Annual statistical returns and brief notes on vaccination in Bengal - 1909-1929
Year: 1909
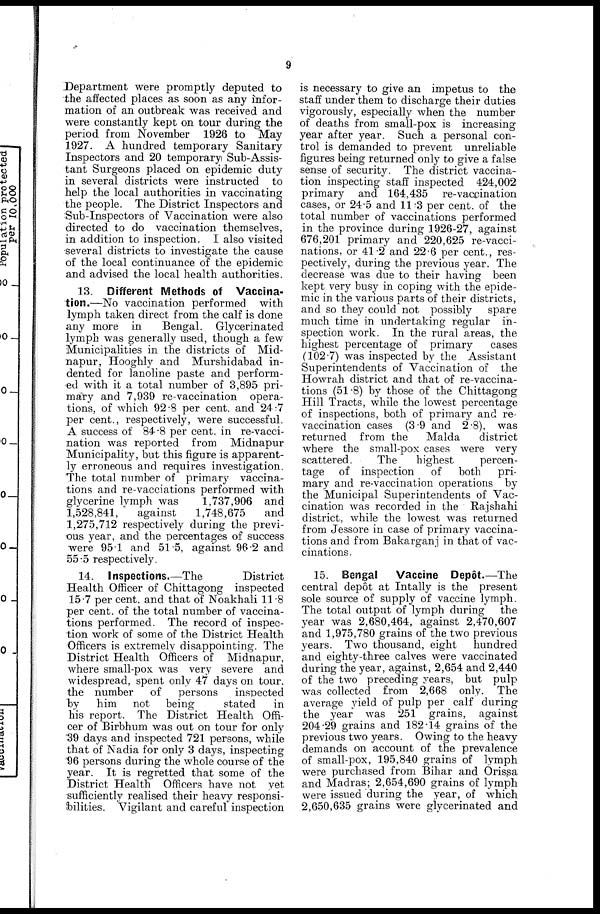
9
Department were promptly deputed to
the affected places as soon as any infor-
mation of an outbreak was received and
were constantly kept on tour during the
period from November 1926 to May
1927. A hundred temporary Sanitary
Inspectors and 20 temporary Sub-Assis-
tant Surgeons placed on epidemic duty
in several districts were instructed to
help the local authorities in vaccinating
the people. The District Inspectors and
Sub-Inspectors of Vaccination were also
directed to do vaccination themselves,
in addition to inspection. I also visited
several districts to investigate the cause
of the local continuance of the epidemic
and advised the local health authorities.
13. Different Methods of Vaccina-
tion.—No vaccination performed with
lymph taken direct from the calf is done
any more in
Bengal. Glycerinated
lymph was generally used, though a few
Municipalities in the districts of Mid-
napur, Hooghly and Murshidabad in-
dented for lanoline paste and perform-
ed with it a total number of 3,895 pri-
mary and 7,939 re-vaccination opera-
tions, of which 92.8 per cent. and 24.7
per cent., respectively, were successful.
A success of 84.8 per cent. in re-vacci-
nation was reported from Midnapur
Municipality, but this figure is apparent-
ly erroneous and requires investigation.
The total number of primary vaccina-
tions and re-vacciations performed with
glycerine lymph was
1,737,906 and
1,528,841,
against
1,748,675
and
1,275,712 respectively during the previ-
ous year, and the percentages of success
were 951 and 51.5, against 96.2 and
55.5 respectively.
14. Inspections.—The
District
Health Officer of Chittagong inspected
15.7 per cent. and that of Noakhali 11 .8
per cent. of the total number of vaccina-
tions performed. The record of inspec-
tion work of some of the District Health
Officers is extremely disappointing. The
District Health Officers of Midnapur,
where small-pox was very severe and
widespread, spent only 47 days on tour,
the number
of
persons
inspected
by
him not being
stated
in
his report. The District Health Offi-
cer of Birbhum was out on tour for only
.39 days and inspected 721 persons, while
that of Nadia for only 3 days, inspecting
96 persons during the whole course of the
year. It is regretted that some of the
District Health Officers have not yet
sufficiently realised their heavy responsi-
bilities. Vigilant and careful inspection
is necessary to give an impetus to the
staff under them to discharge their duties
vigorously, especially when the number
of deaths from small-pox is increasing
year after year. Such a personal con-
trol is demanded to prevent unreliable
figures being returned only to give a false
sense of security. The district vaccina-
tion inspecting staff inspected 424,002
primary and 164,435 re-vaccination
cases, or 24.5 and 11.3 per cent. of the
total number of vaccinations performed
in the province during 1926-27, against
676,201 primary and 220,625 re-vacci-
nations, or 41.2 and 22.6 per cent., res-
pectively, during the previous year. The
decrease was due to their having been
kept very busy in coping with the epide-
mic in the various parts of their districts,
and so they could not possibly
spare
much time in undertaking regular in-
spection work. In the rural areas, the
highest percentage of primary
cases
(102.7) was inspected by the Assistant
Superintendents of Vaccination of the
Howrah district and that of re-vaccina-
tions (51.8) by those of the Chittagong
Hill Tracts, while the lowest percentage
of inspections, both of primary and re-
vaccination cases (3.9 and 2.8), was
returned from the
Malda
district
where the small-pox cases were very
scattered.
The
highest
percen-
tage of inspection
of
both
pri-
mary and re-vaccination operations by
the Municipal Superintendents of Vac-
cination was recorded in the Rajshahi
district, while the lowest was returned
from Jessore in case of primary vaccina-
tions and from Bakarganj in that of vac-
cinations .
15. Bengal
Vaccine Depôt.—The
central depôt at Intally is the present
sole source of supply of vaccine lymph.
The total output of lymph during
the
year was 2,680,464, against 2,470,607
and 1,975,780 grains of the two previous
years. Two thousand, eight
hundred
and eighty-three calves were vaccinated
during the year, against, 2,654 and 2,440
of the two preceding years, but pulp
was collected from 2,668 only. The
average yield of pulp per calf during
the year was 251 grains, against
204 29 grains and 182.14 grains of the
previous two years. Owing to the heavy
demands on account of the prevalence
of small-pox, 195,840 grains of lymph
were purchased from Bihar and Orissa
and Madras; 2,654,690 grains of lymph
were issued during the year, of which
2,650,635 grains were glycerinated and